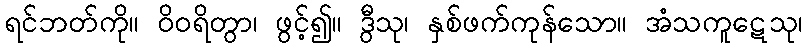
ရင်ဘတ်ကို။ ဝိဝရိတွာ၊ ဖွင့်၍။ ဒွီသု၊ နှစ်ဖက်ကုန်သော။ အံသကူဋေသု၊